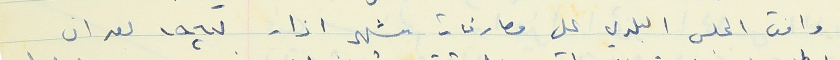
وافق المجلس البلدي على مصارفات شهر اذار ١٩٦٧ بعد ان